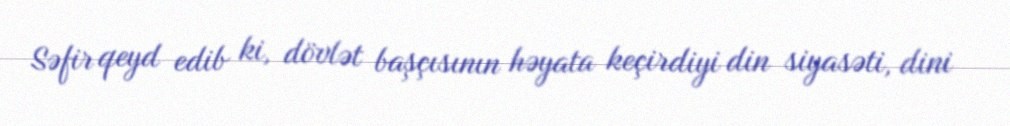
Səfir qeyd edib ki, dövlət başçısının həyata keçirdiyi din siyasəti, dini